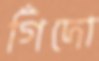
গিঁদো